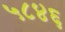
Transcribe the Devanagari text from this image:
५८४६